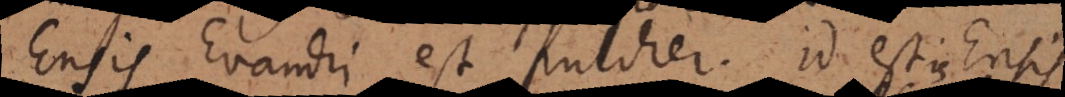
Ens Evandri est pulcher. Id est is